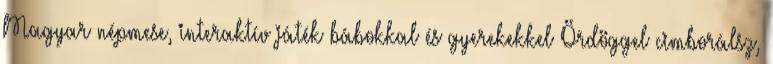
Magyar népmese, interaktív játék bábokkal és gyerekekkel Ördöggel cimborálsz,